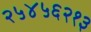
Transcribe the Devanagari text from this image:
२५४५६२१३